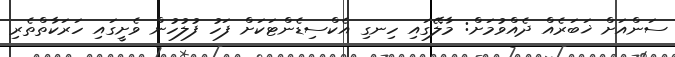
ސަންއަށް ޚަބަރެއް ދެއްވުމަށް: މާލޭގައި ހިނގި އެކްސިޑެންޓަކަށް ފަހު ފުލުހުން ވެށީގައި ހަރަކާތްތެރި